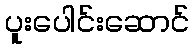
ပူးပေါင်းဆောင်